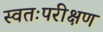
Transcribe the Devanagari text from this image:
स्वतःपरीक्षण